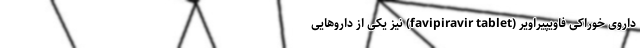
داروی خوراکی فاویپیراویر (favipiravir tablet) نیز یکی از داروهایی